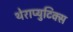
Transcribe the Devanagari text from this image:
थेराप्युटिक्स